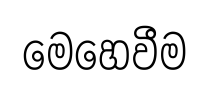
මෙහෙවීම